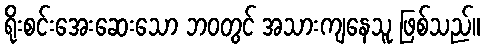
ရိုးစင်းအေးဆေးသော ဘဝတွင် အသားကျနေသူ ဖြစ်သည်။